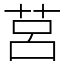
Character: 莒